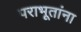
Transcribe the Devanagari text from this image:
पराभूतांना